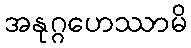
အနုဂ္ဂဟေဿာမိ